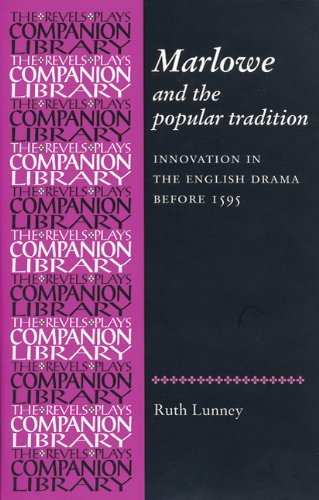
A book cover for Marlowe and the Popular Tradition: Innovation in the English drama before 1595 (Revels Plays Companion Library MUP); Ruth R. Lunney; Literature & Fiction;